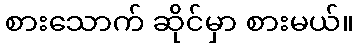
စားသောက် ဆိုင်မှာ စားမယ်။